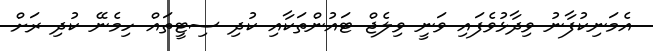
އެމަނިކުފާނު ވިދާޅުވެފައި ވަނީ ވިލެޖް ޓައުންތަކާއި ކުދި ސިޓީތައް ހިމެނޭ ކުދި ރަށް